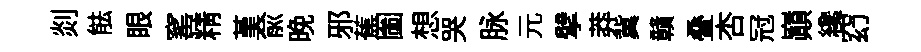
剡䏻眼窰精堇俞晩邪蕉圗想哭脉元擘莽冀贛叠杏冠巔纔𥥆